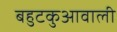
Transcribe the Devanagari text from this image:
बहुटकुआवाली